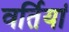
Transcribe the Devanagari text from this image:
वर्तियां